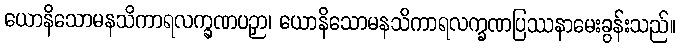
ယောနိသောမနသိကာရလက္ခဏပဉှာ၊ ယောနိသောမနသိကာရလက္ခဏပြဿနာမေးခွန်းသည်။